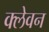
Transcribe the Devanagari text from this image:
क्लेवन